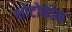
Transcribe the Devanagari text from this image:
शोटोकोन